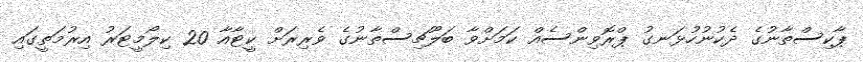
ޕާކިސްތާނުގެ ދެކުނުހުޅަނގު ޕްރޮވިންސެއް ކަމަށްވާ ބަލޫޗިސްތާނުގެ ވެރިރަށް ކީޓާއާ 20 ކިލޯމީޓަރު އިރުމަތީގައި